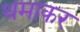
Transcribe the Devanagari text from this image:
थमाकर